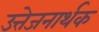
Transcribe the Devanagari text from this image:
उत्तेजनार्थक